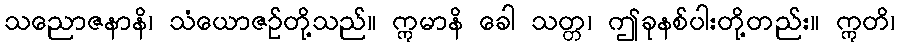
သညောဇနာနိ၊ သံယောဇဉ်တို့သည်။ ဣမာနိ ခေါ သတ္တ၊ ဤခုနစ်ပါးတို့တည်း။ ဣတိ၊